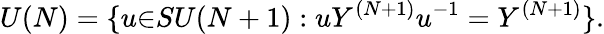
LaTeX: U(N)=\{ u{\in}SU(N+1):uY^{(N+1)}u^{-1}=Y^{(N+1)}\} .